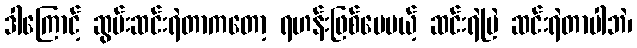
ဒါကြောင့် ဆွမ်းဆင်းရဲတာကတော့ ရဟန်းဖြစ်ပေမယ့် ဆင်းရဲမြဲ ဆင်းရဲတာပါဘဲ၊